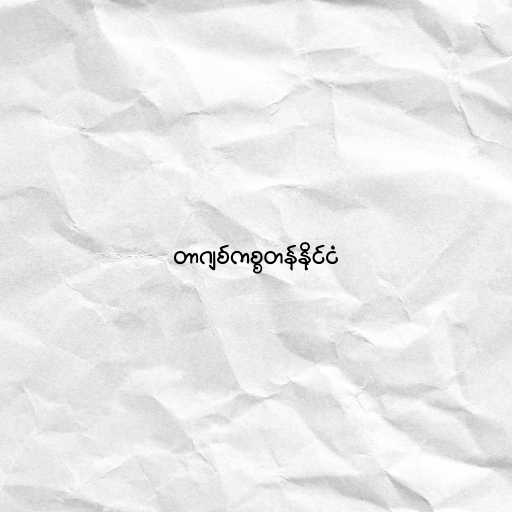
တာဂျစ်ကစ္စတန်နိုင်ငံ